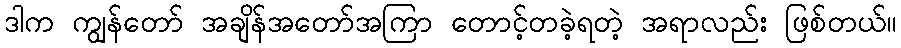
ဒါက ကျွန်တော် အချိန်အတော်အကြာ တောင့်တခဲ့ရတဲ့ အရာလည်း ဖြစ်တယ်။